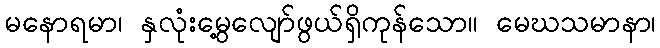
မနောရမာ၊ နှလုံးမွေ့လျော်ဖွယ်ရှိကုန်သော။ မေဃသမာနာ၊